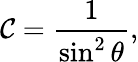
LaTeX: \mathcal{C}={\frac{{1}}{{\sin^{2}\theta}}},